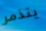
يتذمر